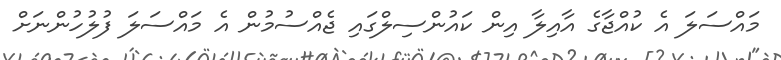
މައްސަލަ އެ ކުއްޖާގެ އާއިލާ އިން ކައުންސިލްގައި ޖެއްސުމުން އެ މައްސަލަ ފުލުހުންނަށް